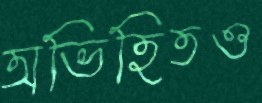
অভিহিতও